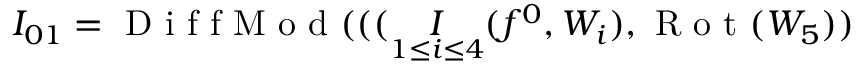
I _ { 0 1 } = \mathrm { ~ D ~ i ~ f ~ f ~ M ~ o ~ d ~ } ( ( ( \underset { \substack { 1 \leq i \leq 4 } } I ( f ^ { 0 } , W _ { i } ) , \mathrm { ~ R ~ o ~ t ~ } ( W _ { 5 } ) )